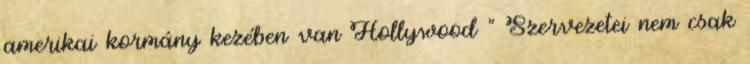
amerikai kormány kezében van Hollywood ” Szervezetei nem csak